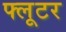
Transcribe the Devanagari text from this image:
फ्लूटर